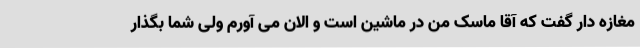
مغازه دار گفت که آقا ماسک من در ماشین است و الان می آورم ولی شما بگذار